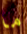
ما